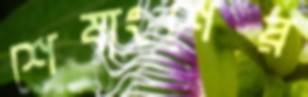
শেষাংশের